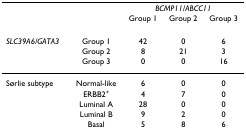
|  |  | <COLSPAN=3> BCMP11/ABCC11 |
 |  |  | Group 1 | Group 2 | Group 3 |
 | --- | --- | --- | --- | --- |
 | SLC39A6/GATA3 | Group 1 | 42 | 0 | 6 |
 |  | Group 2 | 8 | 21 | 3 |
 |  | Group 3 | 0 | 0 | 16 |
 | Sørlie subtype | Normal-like | 6 | 0 | 0 |
 |  | ERBB2+ | 4 | 7 | 0 |
 |  | Luminal A | 28 | 0 | 0 |
 |  | Luminal B | 9 | 2 | 0 |
 |  | Basal | 5 | 8 | 6 |